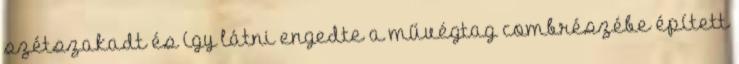
szétszakadt és így látni engedte a művégtag combrészébe épített